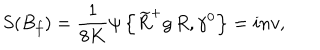
S ( B _ { f } ) = \frac { 1 } { 8 K } \psi \left\{ \widetilde { R } ^ { + } g \, R , \gamma ^ { 0 } \right\} = i n v ,